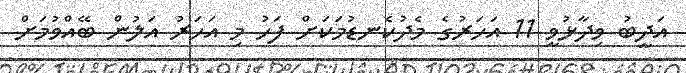
އަދީބު ވިދާޅުވީ 11 އަހަރުގެ މެދުކެނޑުމަކަށް ފަހު މި އަަހަރު އަލުން ބޭއްވުމަށް